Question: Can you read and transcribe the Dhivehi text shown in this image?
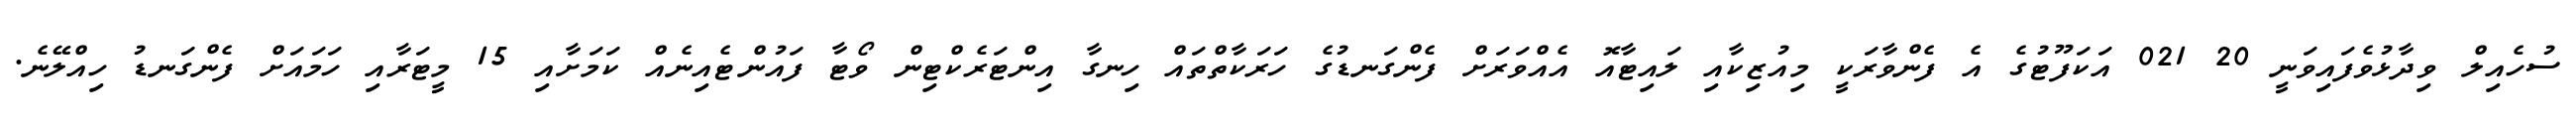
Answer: ސުހެއިލް ވިދާޅުވެފައިވަނީ 20 021 އަކަފޫޓުގެ އެ ފެންވާރަކީ މިއުޒިކާއި ލައިޓާއޮ އެއްވަރަށް ފެންގަނޑުގެ ހަރަކާތްތައް ހިނގާ އިންޓަރެކްޓިން ވޯޓާ ފައުންޓެއިނެއް ކަމަށާއި 15 މީޓަރާއި ހަމައަށް ފެންގަނޑު ހިއްލޭނެ.